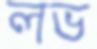
লভ